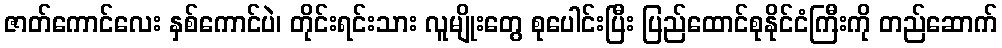
ဇာတ်ကောင်လေး နှစ်ကောင်ပဲ၊ တိုင်းရင်းသား လူမျိုးတွေ စုပေါင်းပြီး ပြည်ထောင်စုနိုင်ငံကြီးကို တည်ဆောက်